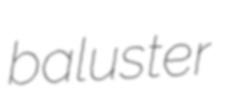
baluster